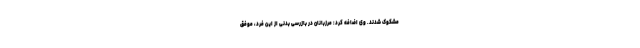
مشکوک شدند. وی اضافه کرد: مرزبانان در بازرسی بدنی از این فرد، موفق